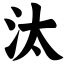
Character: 汰